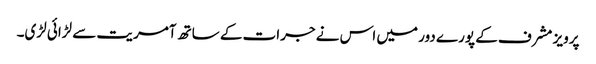
پرویز مشرف کے پورے دور میں اس نے جرات کے ساتھ آمریت سے لڑائی لڑی۔